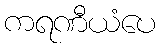
ကရဏီယံပေ